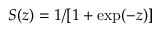
S ( z ) = 1 / [ 1 + \exp ( - z ) ]